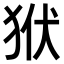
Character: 𤝯